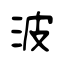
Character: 波